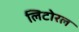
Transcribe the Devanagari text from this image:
लिटोरल